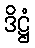
ဒိဋ္ဌံ